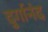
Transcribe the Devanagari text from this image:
दुर्गानंद